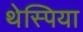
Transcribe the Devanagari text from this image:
थेस्पिया